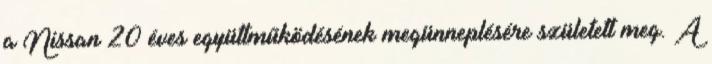
a Nissan 20 éves együttműködésének megünneplésére született meg. A